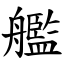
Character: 艦